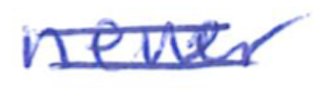
Text: newer
Cross-out: double-line
Writing tool: ballpoint